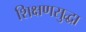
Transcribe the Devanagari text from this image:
शिक्षणसुद्धा